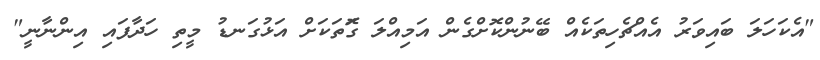
"އެކަހަލަ ބައިވަރު އެއްޗެހިތަކެއް ބޭނުންކޮށްގެން އަމިއްލަ ގޮަތަކަށް އަޅުގަނޑު މީތި ހަދާފައި އިންނާނީ"